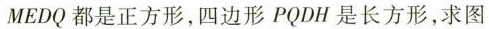
MEDQ都是正方形，四边形PQDH是长方形，求图